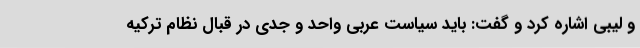
و لیبی اشاره کرد و گفت: باید سیاست عربی واحد و جدی در قبال نظام ترکیه